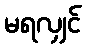
မရလျှင်